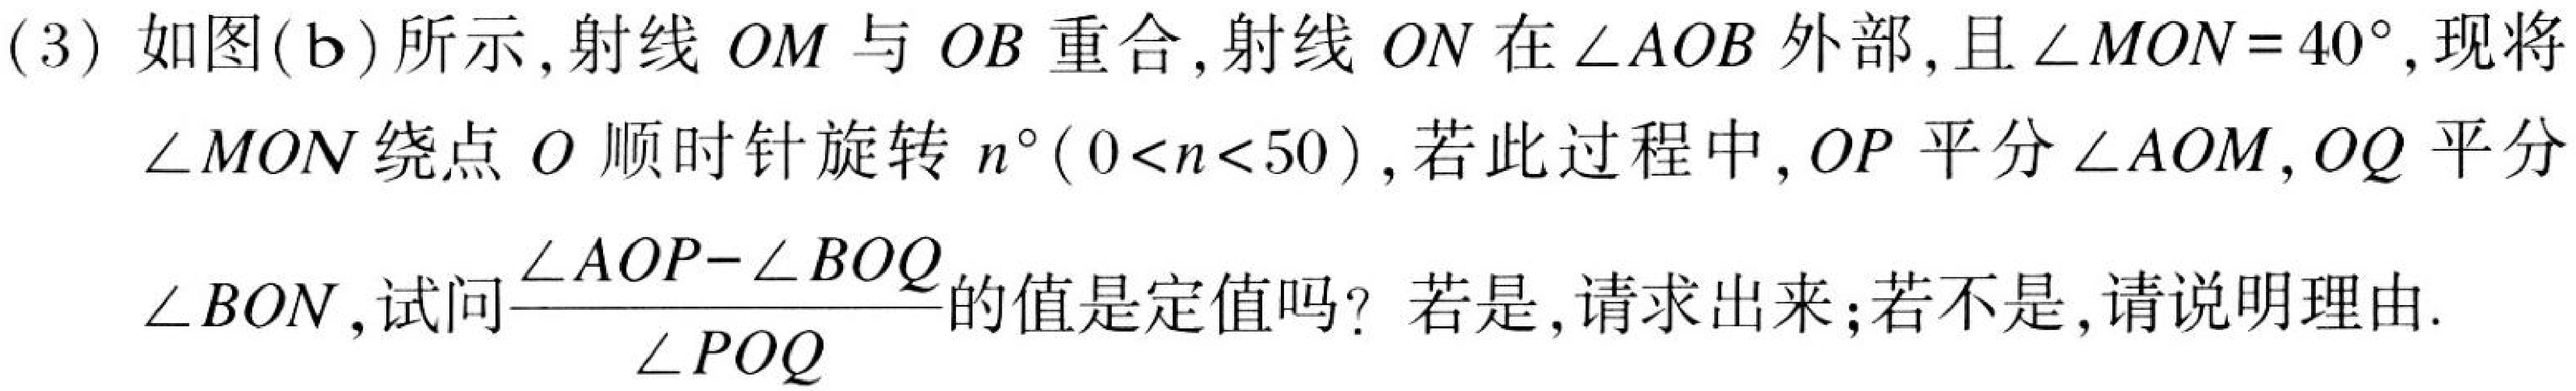
(3) 如图(b)所示，射线 \(OM\) 与 \(OB\) 重合，射线 \(ON\) 在\(\angle AOB\)外部，且\(\angle MON = 40^{\circ}\)，现将\(\angle MON\)绕点 \(O\) 顺时针旋转 \(n^{\circ}(0 < n < 50)\)，若此过程中，\(OP\) 平分\(\angle AOM\)，\(OQ\) 平分\(\angle BON\)，试问\(\frac{\angle AOP - \angle BOQ}{\angle POQ}\)的值是定值吗？若是，请求出来；若不是，请说明理由.